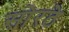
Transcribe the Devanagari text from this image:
सोरठे